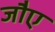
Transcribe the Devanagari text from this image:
जौए